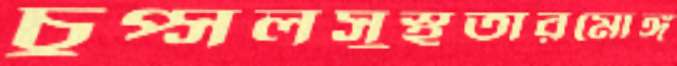
চুপ্‌সলসুস্থতারমোঙ্গ